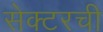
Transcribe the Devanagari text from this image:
सेक्टरची